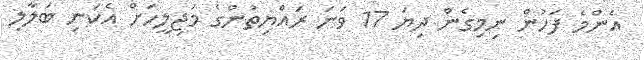
އެންމެ ފަހުން ނިމިގެން ދިޔަ 17 ވަނަ ރައްޔިތުންގެ މަޖިލީހަށް އެކަނި ބަލާލި